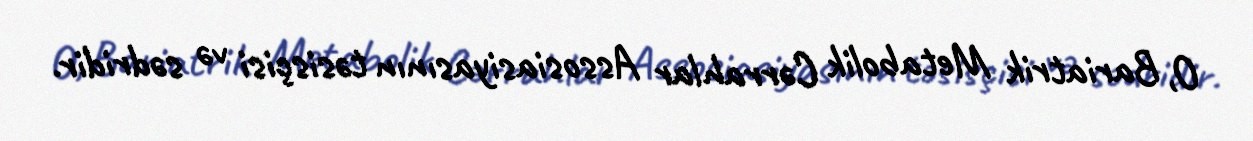
O, Bariatrik Metabolik Cərrahlar Assosiasiyasının təsisçisi və sədridir.